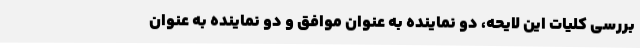
بررسی کلیات این لایحه، دو نماینده به عنوان موافق و دو نماینده به عنوان